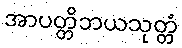
အာပတ္တိဘယသုတ္တံ